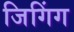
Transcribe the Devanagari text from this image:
जिगिंग